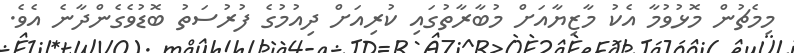
މިމެޗުން މޮޅުވުމާ އެކު މާޒިޔާއަށް މުބާރާތުގައި ކުރިއަށް ދިއުމުގެ ފުރުސަތު ބޮޑުވެގެންދާނެ އެވެ.